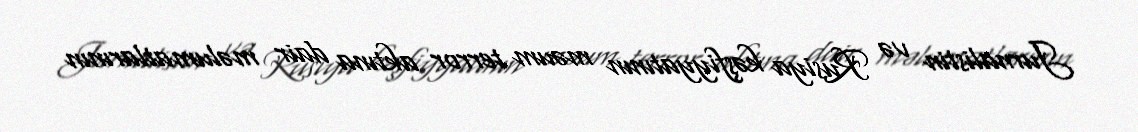
Jurnalistin və Rusiya kəşfiyyatının məum terror aktına dair məlumatlarının